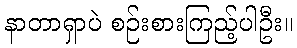
နာတာရှာပဲ စဉ်းစားကြည့်ပါဦး။